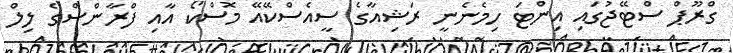
ގްރޫޕް ސްޓޭޖުގައި އިންޓަ ހިމެނެނީ ރަޝިއާގެ ސީއެސްކޭއޭ މޮސްކޯ އާއި ފްރާންސްގެ ލިލް